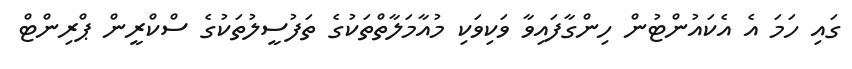
ގައި ހަމަ އެ އެކައުންޓުން ހިންގާފައިވާ ވަކިވަކި މުއާމަލާތްތަކުގެ ތަފުސީލުތަކުގެ ސްކްރީން ޕްރިންޓް